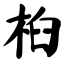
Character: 桕